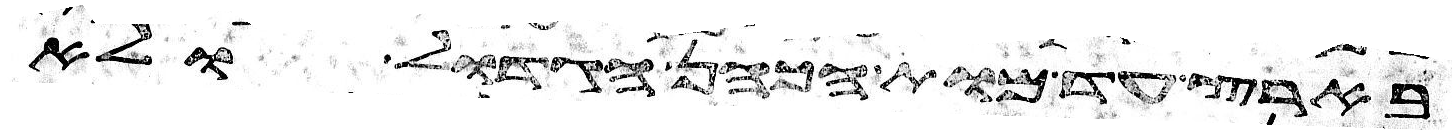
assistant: בארץ עד מות הכהן הגדול ולא